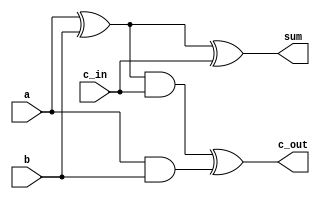
`timescale 1ns / 1ps
//////////////////////////////////////////////////////////////////////////////////
// Company: 
// Engineer: 
// 
// Design Name: 
// Module Name: Full_Adder
// Project Name: 
// Target Devices: 
// Tool Versions: 
// Description: 
// 
// Dependencies: 
// 
// Revision:
// Revision 0.01 - File Created
// Additional Comments:
// 
//////////////////////////////////////////////////////////////////////////////////


module Full_Adder(sum,c_out,a,b,c_in );
input a,b,c_in;
output sum,c_out;
wire s1,c1,s2;
xor xor1(s1,a,b);
xor xor2(sum,s1,c_in);
and and1(c1,a,b);
and and2(s2,s1,c_in);
xor xor3(c_out,s2,c1);
endmodule